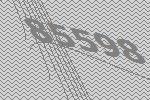
85598